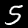
Label: 5